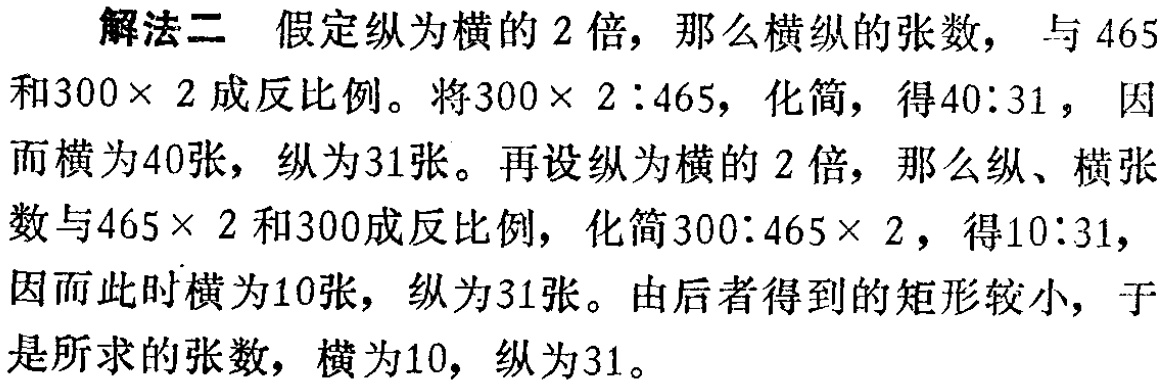
解法二 假定纵为横的 2 倍，那么横纵的张数， 与 465 和\(300\times 2\)成反比例。将\(300\times 2:465\)，化简，得\(40:31\)， 因而横为40张，纵为31张。再设纵为横的 2 倍，那么纵、横张数与\(465\times 2\)和300成反比例，化简\(300:465\times 2\)，得\(10:31\)，因而此时横为10张，纵为31张。由后者得到的矩形较小，于是所求的张数，横为10，纵为31。